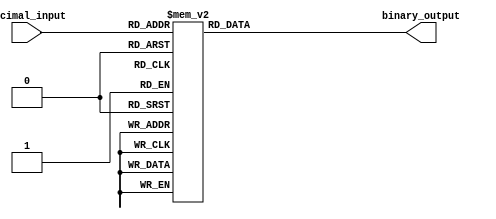
module priority_encoder(
    input [3:0] decimal_input,
    output reg [2:0] binary_output
);

always @* begin
    case(decimal_input)
        4'b0000: binary_output = 3'b000; // priority 0
        4'b0001: binary_output = 3'b001; // priority 1
        4'b0010: binary_output = 3'b010; // priority 2
        4'b0011: binary_output = 3'b011; // priority 3
        4'b0100: binary_output = 3'b100; // priority 4
        4'b0101: binary_output = 3'b101; // priority 5
        4'b0110: binary_output = 3'b110; // priority 6
        4'b0111: binary_output = 3'b111; // priority 7
        4'b1000: binary_output = 3'b111; // priority 8
        4'b1001: binary_output = 3'b111; // priority 9
        default: binary_output = 3'b000; // default case
    endcase
end

endmodule